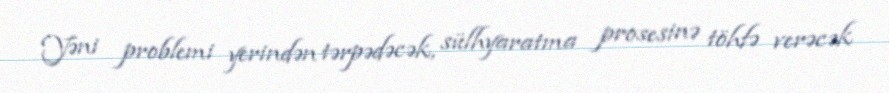
Yəni problemi yerindən tərpədəcək, sülhyaratma prosesinə töhfə verəcək